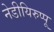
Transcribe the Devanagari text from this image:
नेडीयिरुप्पू